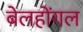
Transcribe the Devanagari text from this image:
बेलहोंगल